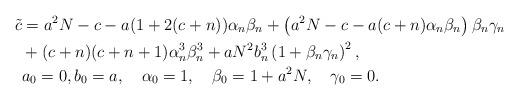
LaTeX: \begin{align*}\tilde{c}&=a^2N-c-a(1+2(c+n))\alpha_n\beta_n+\left(a^2N-c-a(c+n)\alpha_n\beta_n\right)\beta_n\gamma_n\\&+(c+n)(c+n+1)\alpha^3_n\beta^3_n+aN^2b^3_n\left(1+\beta_n\gamma_n\right)^2,\\&a_0=0,b_0=a,\quad\alpha_0=1,\quad\beta_0=1+a^2N,\quad\gamma_0=0.\end{align*}